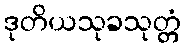
ဒုတိယသုခသုတ္တံ